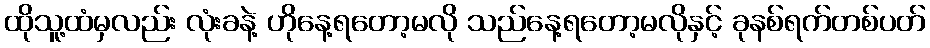
ထိုသူ့ထံမှလည်း လုံးခနဲ့ ဟိုနေ့ရတော့မလို သည်နေ့ရတော့မလိုနှင့် ခုနစ်ရက်တစ်ပတ်